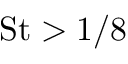
\mathrm { S t } > 1 / 8